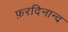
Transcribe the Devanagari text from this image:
फ़रदिनान्द